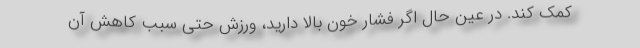
کمک کند. در عین حال اگر فشار خون بالا دارید، ورزش حتی سبب کاهش آن